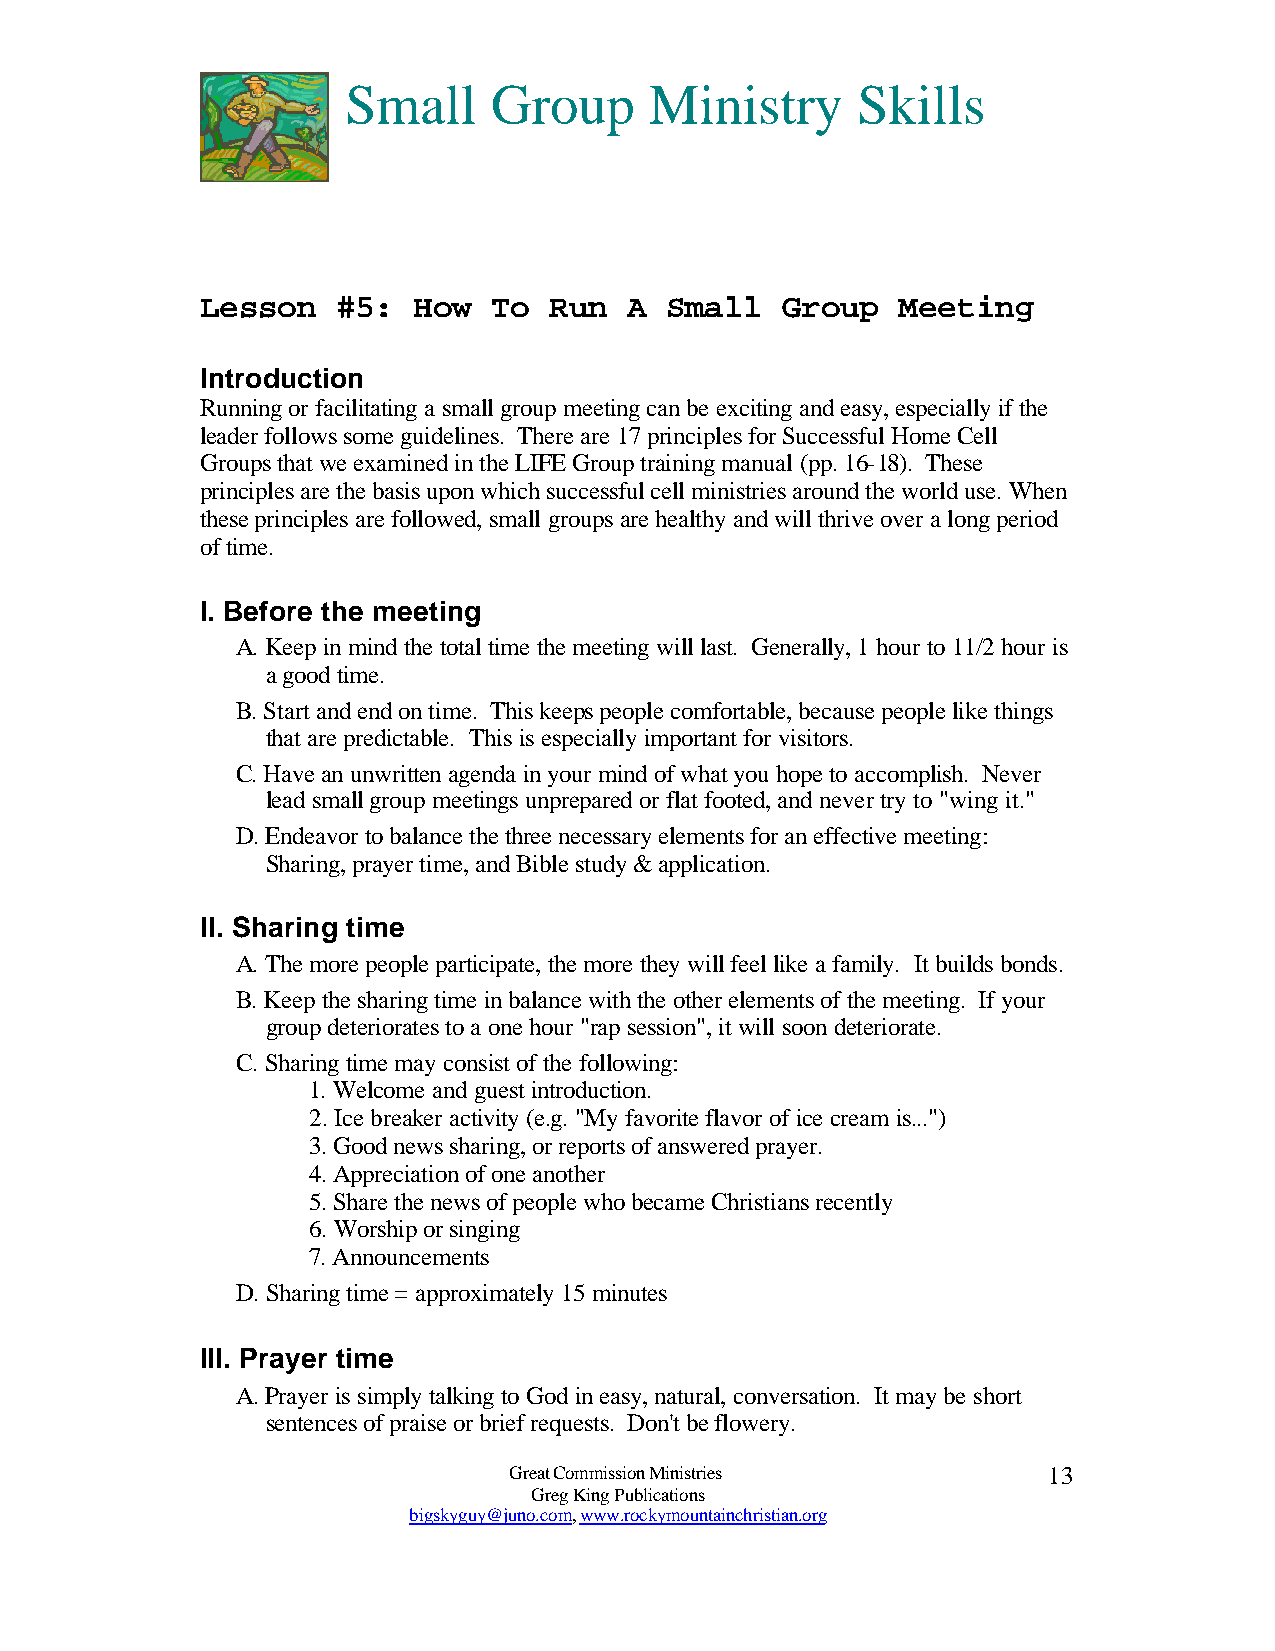
Small     Group     Ministry      Skills
 Lesson   #5:  How   To Run   A Small   Group  Meeting
 Introduction
 Running or facilitating a small group meeting can be exciting and easy, especially if the
 leader follows some guidelines. There are 17 principles for Successful Home Cell
 Groups that we examined in the LIFE Group training manual (pp. 16-18). These
 principles are the basis upon which successful cell ministries around the world use. When
 these principles are followed, small groups are healthy and will thrive over a long period
 of time.
 I. Before the meeting
 A. Keep in mind the total time the meeting will last. Generally, 1 hour to 11/2 hour is
 a good time.
 B. Start and end on time. This keeps people comfortable, because people like things
 that are predictable. This is especially important for visitors.
 C. Have an unwritten agenda in your mind of what you hope to accomplish. Never
 lead small group meetings unprepared or flat footed, and never try to "wing it."
 D. Endeavor to balance the three necessary elements for an effective meeting:
 Sharing, prayer time, and Bible study & application.
 II. Sharing time
 A. The more people participate, the more they will feel like a family. It builds bonds.
 B. Keep the sharing time in balance with the other elements of the meeting. If your
 group deteriorates to a one hour "rap session", it will soon deteriorate.
 C. Sharing time may consist of the following:
 1. Welcome and guest introduction.
 2. Ice breaker activity (e.g. "My favorite flavor of ice cream is...")
 3. Good news sharing, or reports of answered prayer.
 4. Appreciation of one another
 5. Share the news of people who became Christians recently
 6. Worship or singing
 7. Announcements
 D. Sharing time = approximately 15 minutes
 III. Prayer time
 A. Prayer is simply talking to God in easy, natural, conversation. It may be short
 sentences of praise or brief requests. Don't be flowery.
 Great Commission Ministries        13
 Greg King Publications
 bigskyguy@juno.com, www.rockymountainchristian.org